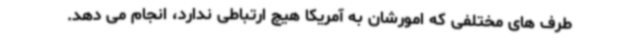
طرف های مختلفی که امورشان به آمریکا هیچ ارتباطی ندارد، انجام می دهد.